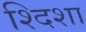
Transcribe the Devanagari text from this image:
श्दिशा